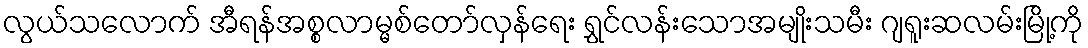
လွယ်သလောက် အီရန်အစ္စလာမ္မစ်တော်လှန်ရေး ရွှင်လန်းသောအမျိုးသမီး ဂျရူးဆလမ်းမြို့ကို